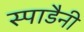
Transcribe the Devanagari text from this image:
स्पाडैनी